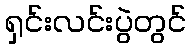
ရှင်းလင်းပွဲတွင်